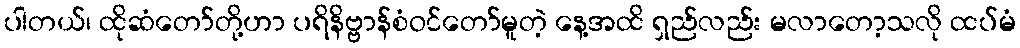
ပါတယ်၊ ထိုဆံတော်တို့ဟာ ပရိနိဗ္ဗာန်စံဝင်တော်မူတဲ့ နေ့အထိ ရှည်လည်း မလာတော့သလို ထပ်မံ